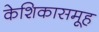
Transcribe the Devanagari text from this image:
केशिकासमूह